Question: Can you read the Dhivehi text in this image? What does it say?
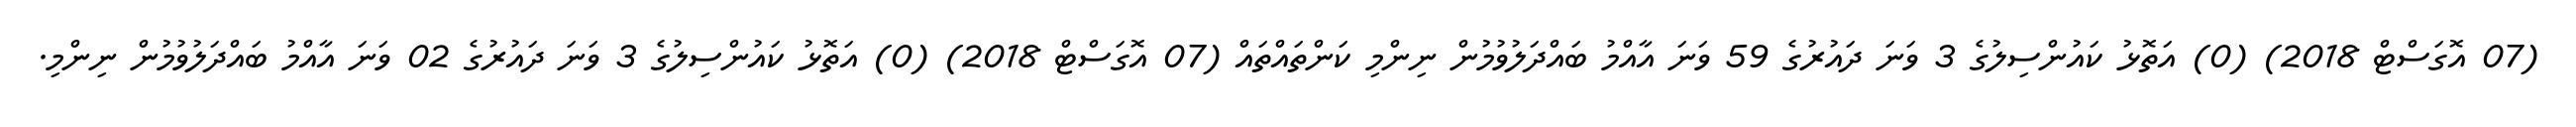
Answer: (07 އޮގަސްޓް 2018) (0) އަތޮޅު ކައުންސިލުގެ 3 ވަނަ ދައުރުގެ 59 ވަނަ އާއްމު ބައްދަލުވުމުން ނިންމި ކަންތައްތައް (07 އޮގަސްޓް 2018) (0) އަތޮޅު ކައުންސިލުގެ 3 ވަނަ ދައުރުގެ 02 ވަނަ އާއްމު ބައްދަލުވުމުން ނިންމި.